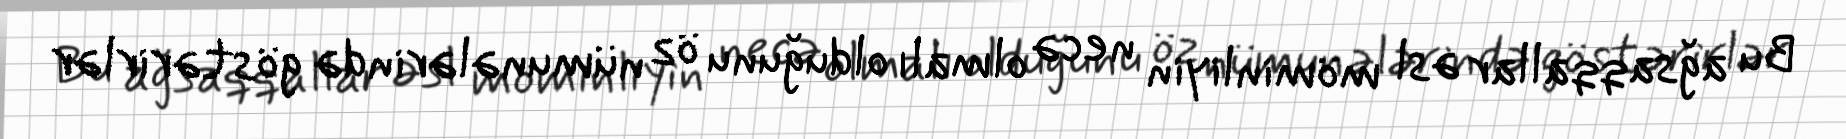
Bu ağsaqqallar əsl möminliyin necə olmalı olduğunu öz nümunələrində göstərirlər